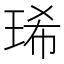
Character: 琋